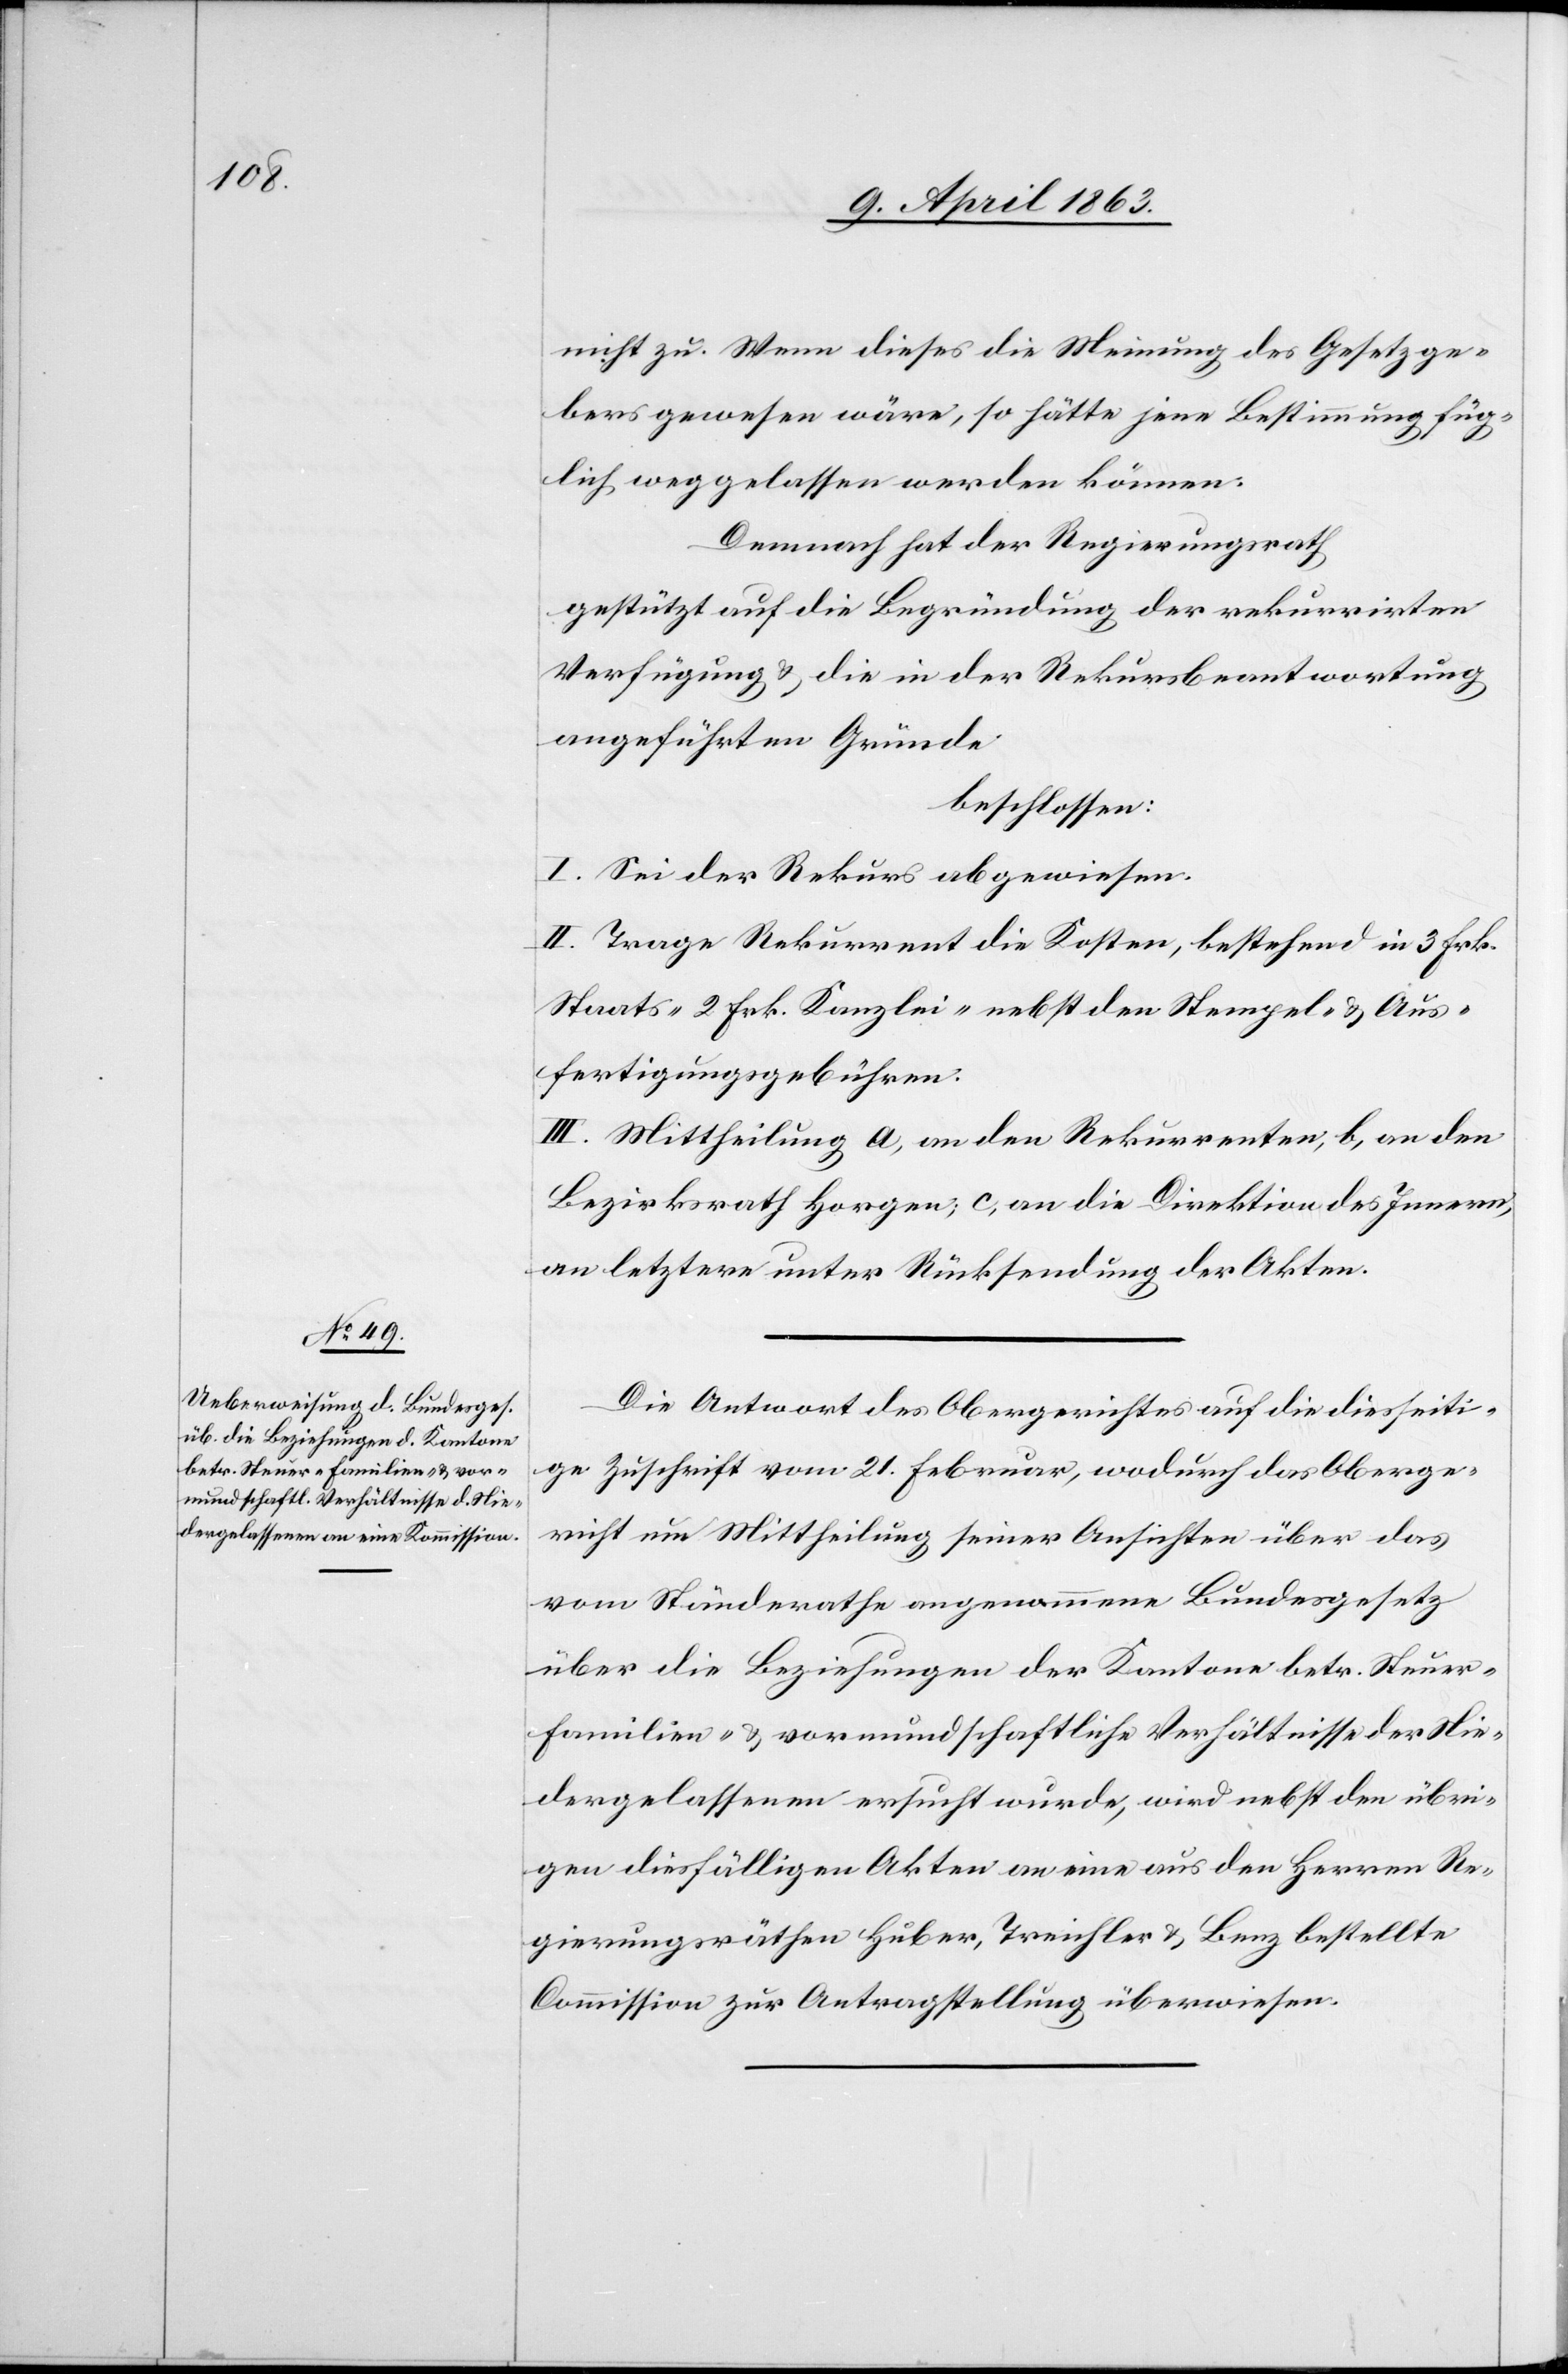
nicht zu. Wenn dieses die Meinung des Gesetzge¬
bers gewesen wäre, so hätte jene Bestimmung füg¬
lich weggelassen werden können.
Demnach hat der Regierungsrath
gestützt auf die Begründung der rekurrirten
Verfügung & die in der Rekursbeantwortung
angeführten Gründe
beschlossen:
I. Sei der Rekurs abgewiesen.
II. Trage Rekurrent die Kosten, bestehend in 3 Frk.
Staats-[,] 2 Frk. Kanzlei- nebst den Stempel- & Aus¬
fertigungsgebühren.
III. Mittheilung a) an den Rekurrenten, b) an den
Bezirksrath Horgen; c) an die Direktion des Innern,
an letztere unter Rücksendung der Akten.
Die Antwort des Obergerichtes auf die diesseiti¬
ge Zuschrift vom 21. Februar, wodurch das Oberge¬
richt um Mittheilung seiner Ansichten über das
vom Ständerathe angenommene Bundesgesetz
über die Beziehungen der Kantone betr. Steuer-[,]
Familien- & vormundschaftliche Verhältnisse der Nie¬
dergelassenen ersucht wurde, wird nebst den übri¬
gen diesfälligen Akten an eine aus den Herren Re¬
gierungsräthen Huber, Treichler & Benz bestellte
Commission zur Antragstellung überwiesen.